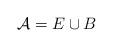
LaTeX: \begin{align*} \mathcal{A} = E \cup B\end{align*}